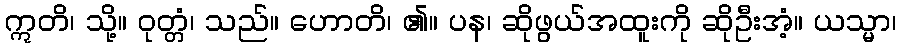
ဣတိ၊ သို့။ ဝုတ္တံ၊ သည်။ ဟောတိ၊ ၏။ ပန၊ ဆိုဖွယ်အထူးကို ဆိုဦးအံ့။ ယသ္မာ၊